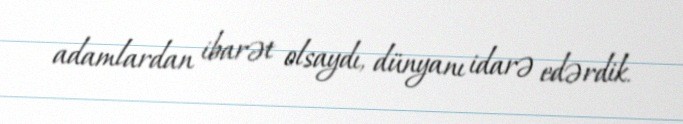
adamlardan ibarət olsaydı, dünyanı idarə edərdik.